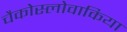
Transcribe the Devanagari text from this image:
चैकोस्लोवाकिया